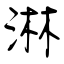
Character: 淋